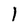
Character: l